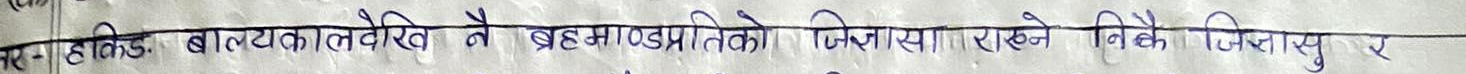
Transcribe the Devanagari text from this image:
हिजो बाल्यकालदेखि नै ब्रह्माण्डप्रतिको जिज्ञासा राख्ने निकै जिज्ञासु र